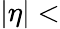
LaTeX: |\eta|<